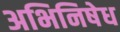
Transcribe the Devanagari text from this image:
अभिनिषेध